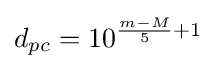
d_{pc}=10^{{\frac {m-M}{5}}+1}